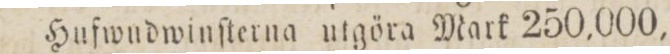
Hufwudwinſterna utgöra Mark 250,000,